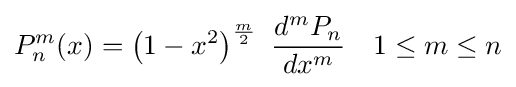
P_{n}^{m}(x)=\left(1-x^{2}\right)^{\frac {m}{2}}\ {\frac {d^{m}P_{n}}{dx^{m}}}\quad 1\leq m\leq n